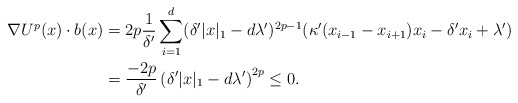
\begin{align*} \nabla U^p(x) \cdot b(x) &= 2p\frac{1}{\delta'} \sum_{i = 1}^d (\delta' |x|_1 - d\lambda')^{2p-1}(\kappa'(x_{i - 1}- x_{i+1})x_i - \delta'x_i +\lambda')\\ &= \frac{-2p}{\delta'}\left(\delta'|x|_1 - d \lambda'\right)^{2p} \le 0. \end{align*}